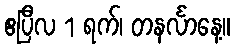
ဧပြီလ 1 ရက်၊ တနင်္လာနေ့။